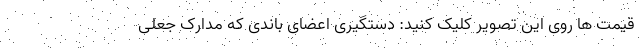
قیمت ها روی این تصویر کلیک کنید: دستگیری اعضای باندی که مدارک جعلی